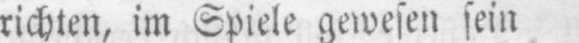
richten, im Spiele gewesen sein